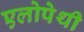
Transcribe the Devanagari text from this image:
एलोपेथी